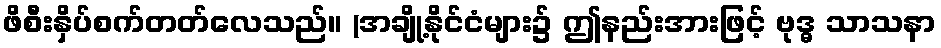
ဖိစီးနှိပ်စက်တတ်လေသည်။ (အချို့နိုင်ငံများ၌ ဤနည်းအားဖြင့် ဗုဒ္ဓ သာသနာ